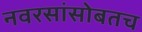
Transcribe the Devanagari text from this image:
नवरसांसोबतच